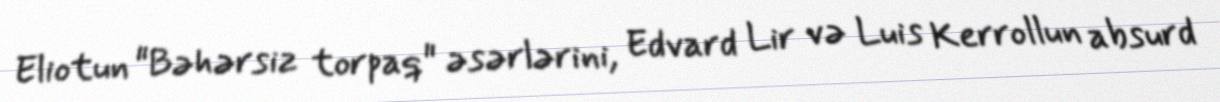
Eliotun "Bəhərsiz torpaq" əsərlərini, Edvard Lir və Luis Kerrollun absurd